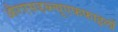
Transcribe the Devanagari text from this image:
औरएसडब्ल्यूएफफाइलों